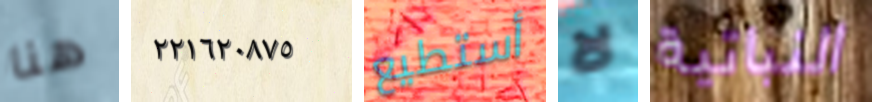
هنا ٢٢١٦٢٠٨٧٥ أستطيع لا النباتية